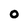
Character: o